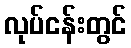
လုပ်ငန်းတွင်